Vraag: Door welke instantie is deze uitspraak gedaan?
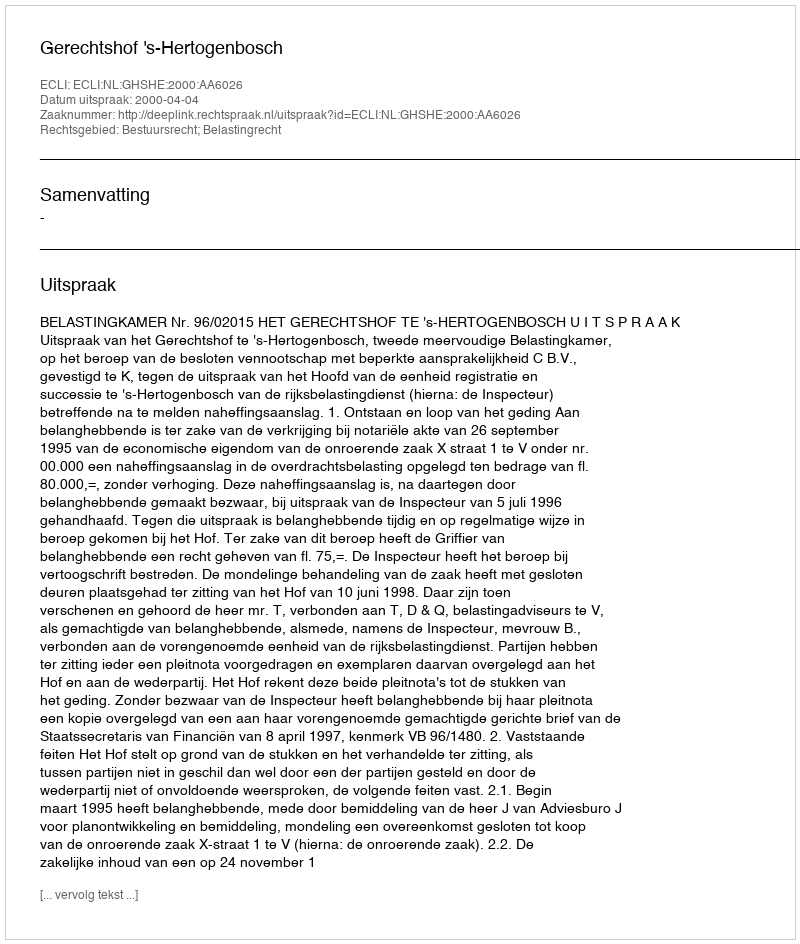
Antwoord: Gerechtshof 's-Hertogenbosch